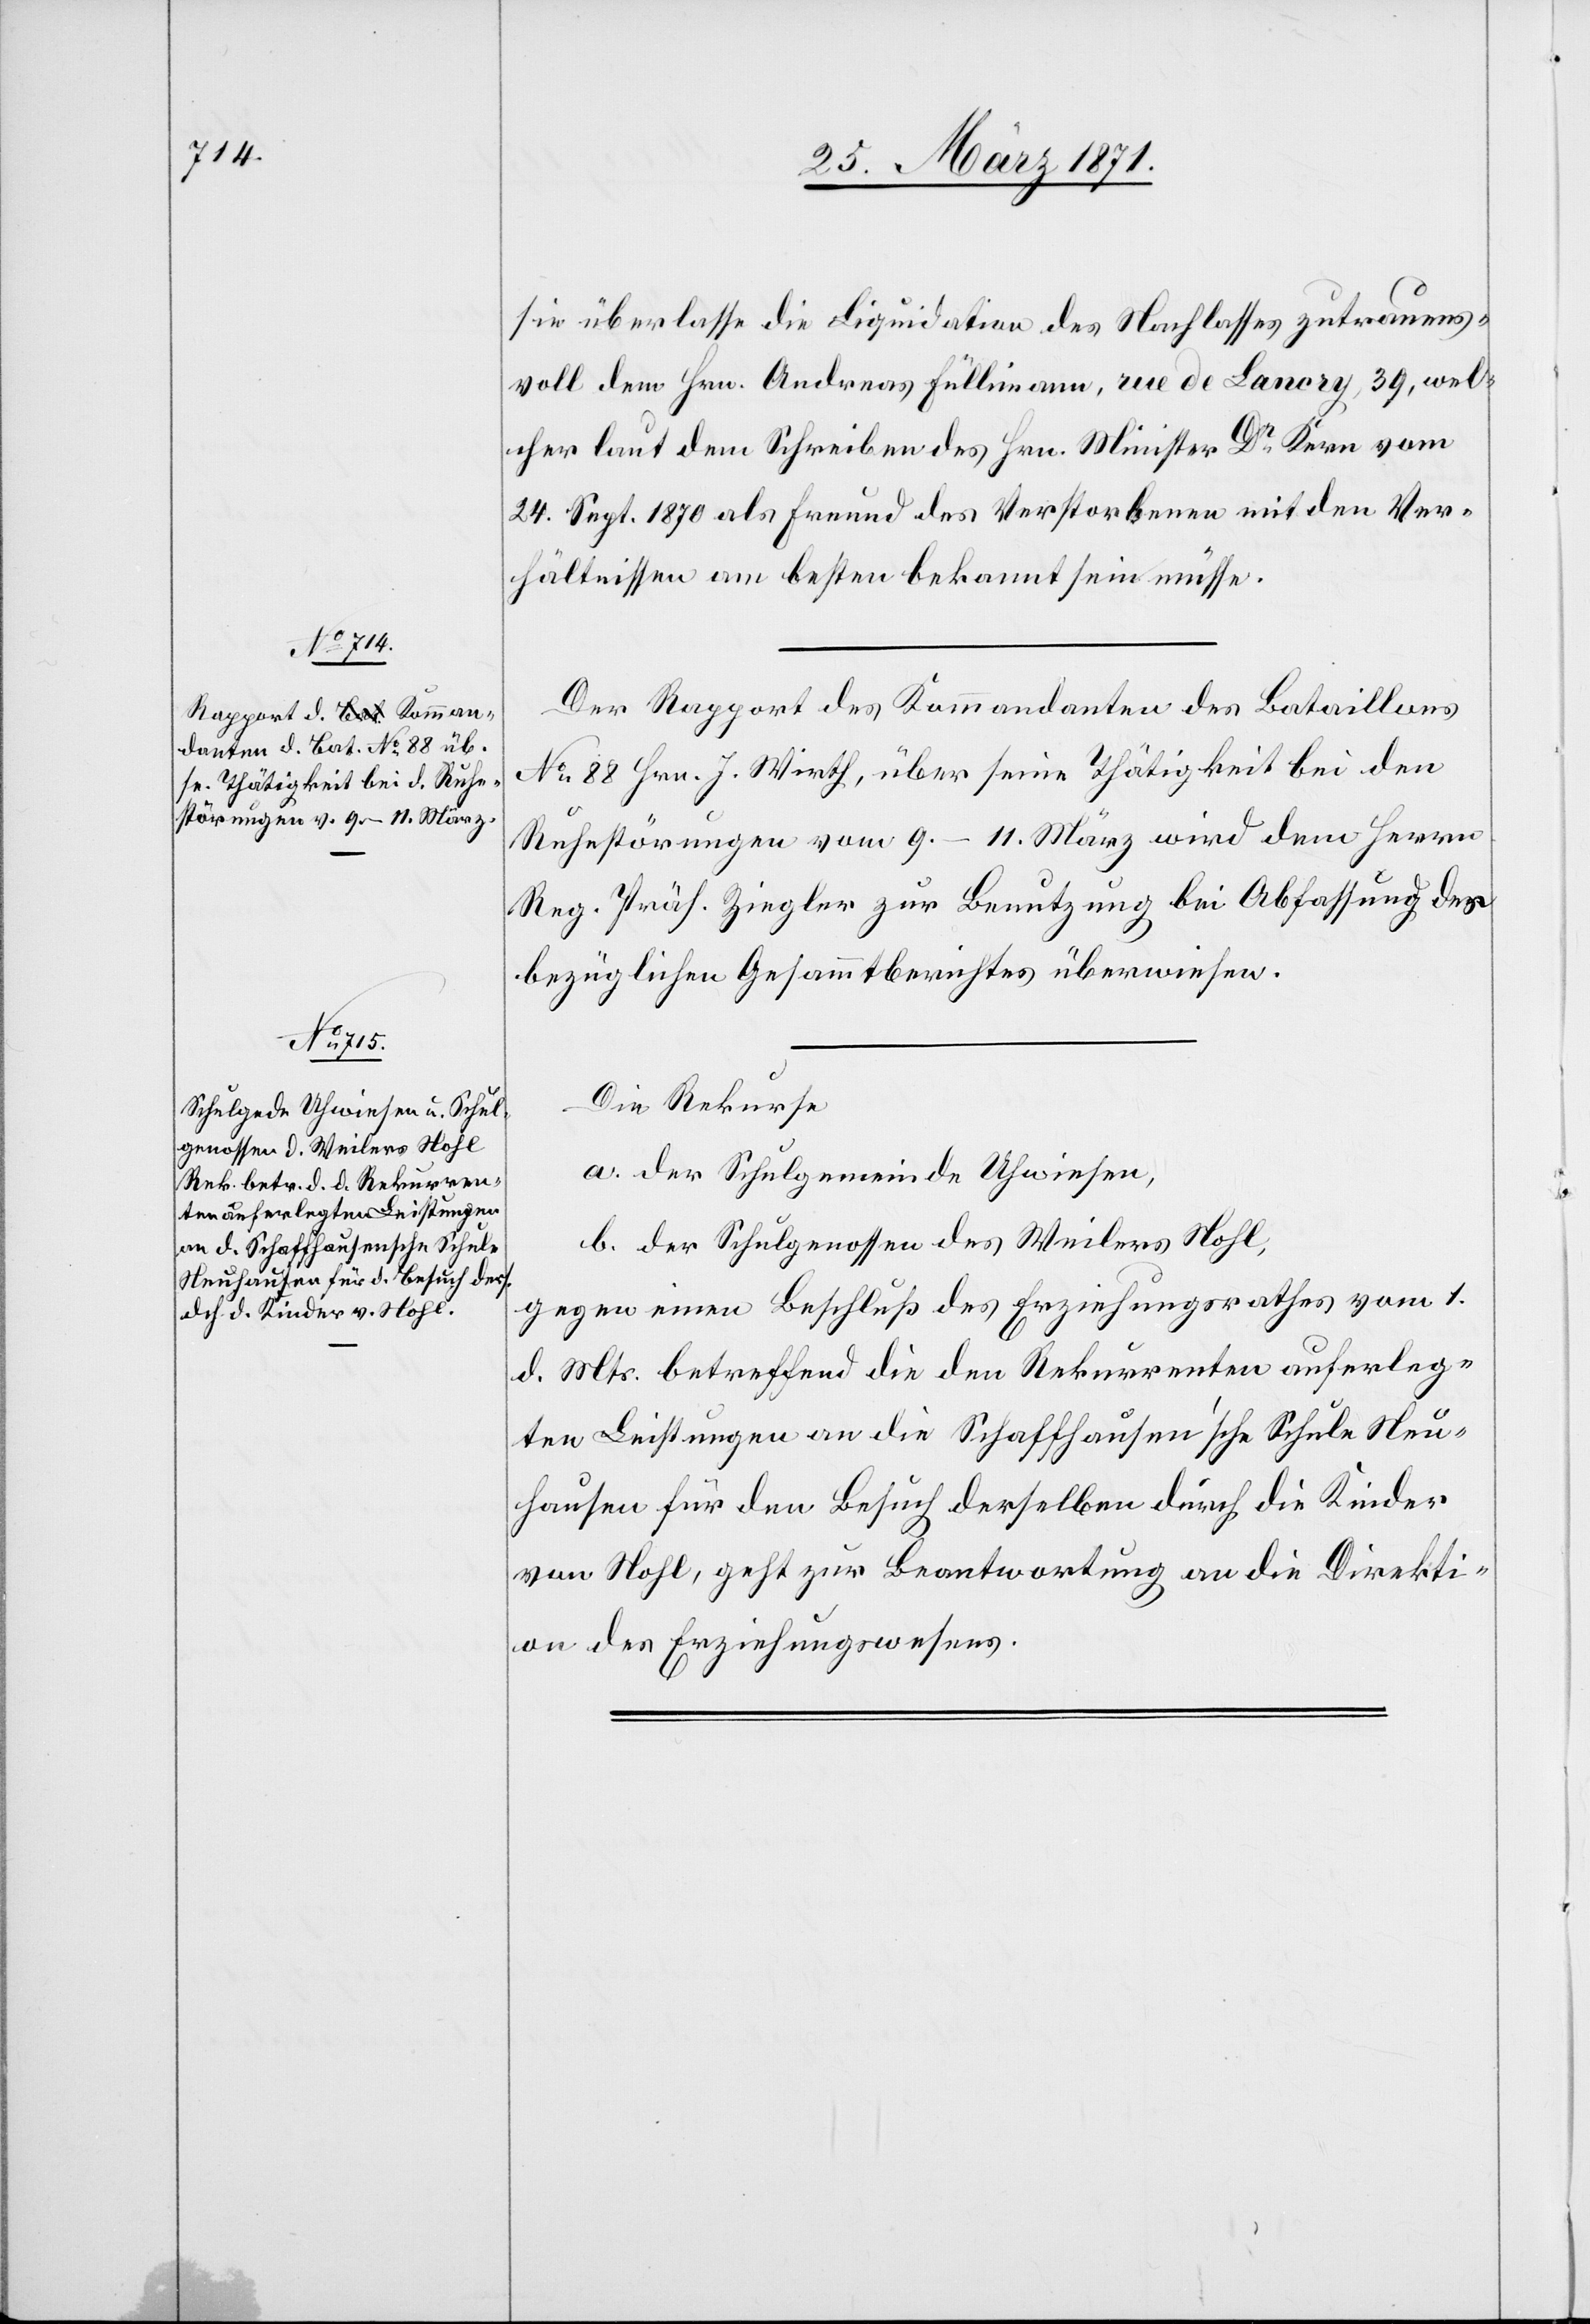
30. März 1871.]
sie überlasse die Liquidation des Nachlasses zutrauens¬
voll dem Hrn. Andreas Füllimann, rue de Lancry, 38, wel¬
cher laut dem Schreiben des Hrn. Minister Dr. Kern vom
24. Sept. 1870 als Freund des Verstorbenen mit den Ver¬
hältnissen am besten bekannt sein müsse.
Der Rapport des Kommandanten des Bataillons
No. 88 Hrn. J. Wirth, über seine Thätigkeit bei den
Ruhestörungen vom 9.–11. März wird dem Herrn
Reg. Präs. Ziegler zur Benutzung bei Abfassung des
bezüglichen Gesammtberichtes überwiesen.
Die Rekurse
a. der Schulgemeinde Uhwiesen,
b. der Schulgenossen des Weilers Nohl,
gegen einen Beschluß des Erziehungsrathes vom 1.
d. Mts. betreffend die den Rekurrenten auferleg¬
ten Leistungen an die Schaffhauser’sche Schule Neu¬
hausen für den Besuch derselben durch die Kinder
von Nohl, geht zur Beantwortung an die Direkti¬
on des Erziehungswesens.